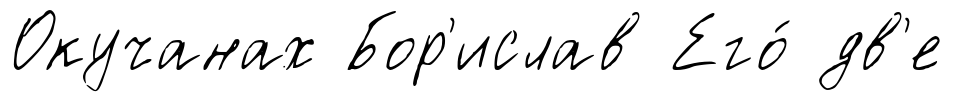
Окучанах Бор'ислав Его́ дв'е